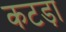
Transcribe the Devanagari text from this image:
कटड़ा